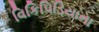
વિકિપિડિયાના